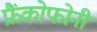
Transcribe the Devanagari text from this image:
फ्रैंकोफोनी